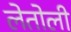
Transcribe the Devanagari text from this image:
लेतोली